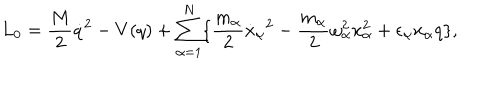
LaTeX: L _ { 0 } = \frac { M } { 2 } { \dot { q } } ^ { 2 } - V ( q ) + \sum _ { \alpha = 1 } ^ { N } \{ \frac { m _ { \alpha } } { 2 } { \dot { x } _ { \alpha } } ^ { 2 } - \frac { m _ { \alpha } } { 2 } \omega _ { \alpha } ^ { 2 } x _ { \alpha } ^ { 2 } + { \epsilon } _ { \alpha } x _ { \alpha } q \} ,